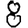
Digit: 8